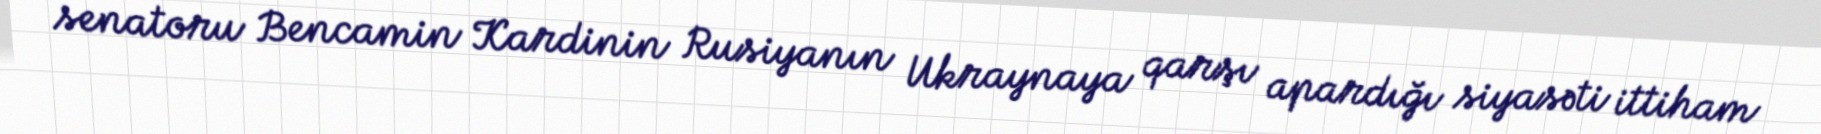
senatoru Bencamin Kardinin Rusiyanın Ukraynaya qarşı apardığı siyasəti ittiham